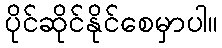
ပိုင်ဆိုင်နိုင်စေမှာပါ။